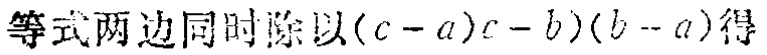
等式两边同时除以\((c - a)(c - b)(b - a)\)得